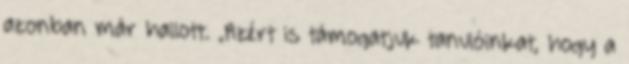
azonban már hallott. „Azért is támogatjuk tanulóinkat, hogy a